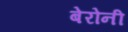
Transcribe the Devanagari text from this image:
बेरोनी